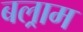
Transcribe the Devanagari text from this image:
बल्राम